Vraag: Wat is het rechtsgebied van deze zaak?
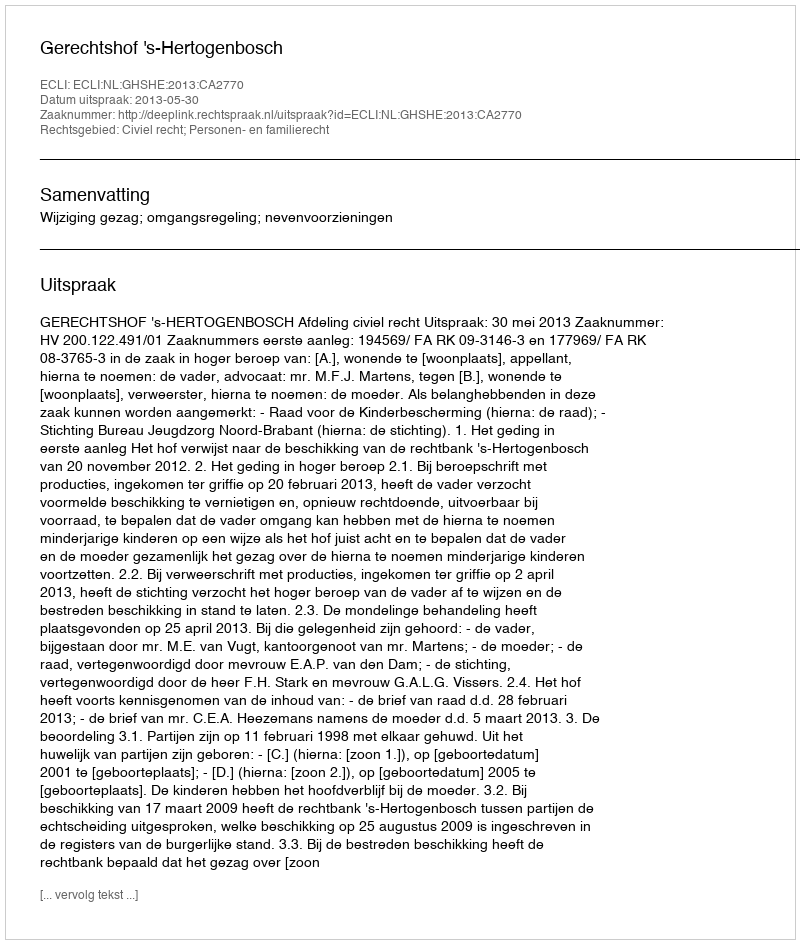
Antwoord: Civiel recht; Personen- en familierecht